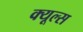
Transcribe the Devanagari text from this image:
क्‍यूल्‍स